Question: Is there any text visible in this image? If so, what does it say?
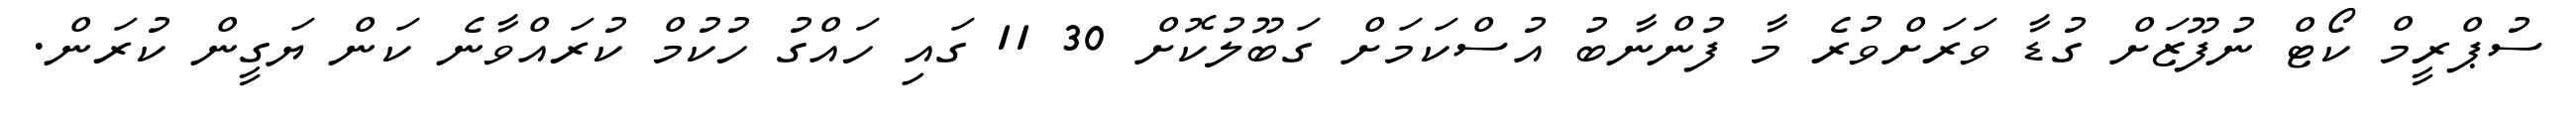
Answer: ސުޕްރީމް ކޯޓް ނުފޫޒަށް ގުޑާ ވަރަށްވުރެ މާ ފުންނާބު އުސްކަމަށް ގަބޫލުކޮށް 30 11 ގައި ހައްގު ހުކުމް ކުރައްވާނެ ކަން ޔަގީން ކުރަން.